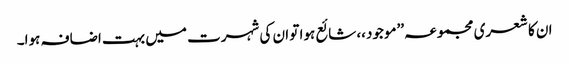
ان کا شعری مجموعہ ’’موجود،، شائع ہوا تو ان کی شہرت میں بہت اضافہ ہوا۔